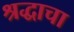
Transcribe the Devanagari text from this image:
श्रद्धाचा